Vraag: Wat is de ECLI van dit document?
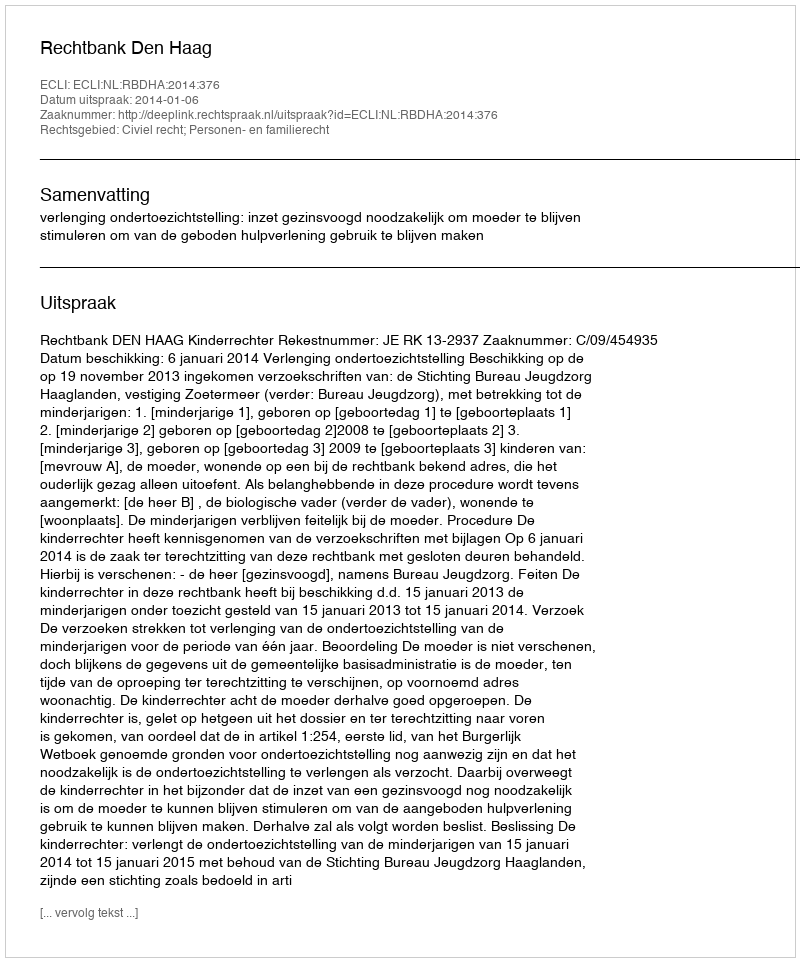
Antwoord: ECLI:NL:RBDHA:2014:376